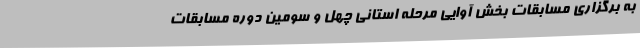
به برگزاری مسابقات بخش آوایی مرحله استانی چهل و سومین دوره مسابقات